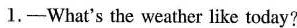
1.—What's the weather like today?